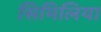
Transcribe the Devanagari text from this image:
सिमिलिया